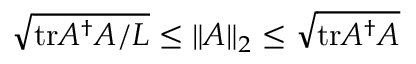
\begin{array} { r } { \sqrt { \mathrm { t r } A ^ { \dagger } A / L } \le \| A \| _ { 2 } \le \sqrt { \mathrm { t r } A ^ { \dagger } A } } \end{array}